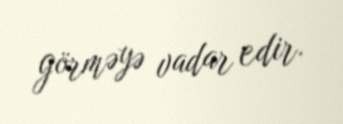
görməyə vadar edir.